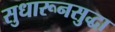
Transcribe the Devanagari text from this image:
सुधारूनसुद्धा